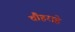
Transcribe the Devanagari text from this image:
चौहराहे